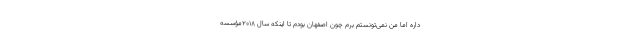
داره اما من نمی‌تونستم برم چون اصفهان بودم تا اینکه سال 2018مؤسسه